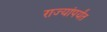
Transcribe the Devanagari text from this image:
राज्यांपर्यंत